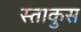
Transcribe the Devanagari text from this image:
स्ताकुस